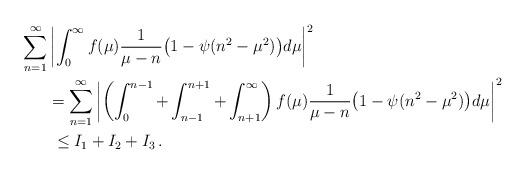
LaTeX: \begin{align*}\sum_{n=1}^\infty &\left | \int^\infty_0 f(\mu ) \frac{1}{\mu -n } \big(1 - \psi (n^2 - \mu^2) \big) d\mu \right |^2\\& = \sum_{n=1}^\infty \left | \left ( \int^{n-1}_0 + \int^{n+1}_{n-1} + \int^\infty_{n+1} \right ) f(\mu ) \frac{1}{\mu -n } \big( 1 -\psi (n^2 - \mu^2) \big) d\mu \right |^2 \\&\; \leq I_1 + I_ 2 + I_3 \, .\end{align*}